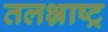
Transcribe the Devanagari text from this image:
तलभ्राष्ट्र